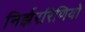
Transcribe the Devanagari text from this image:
निर्झररिणियों